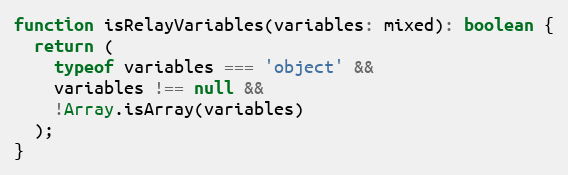
Language: JavaScript
function isRelayVariables(variables: mixed): boolean {
  return (
    typeof variables === 'object' &&
    variables !== null &&
    !Array.isArray(variables)
  );
}